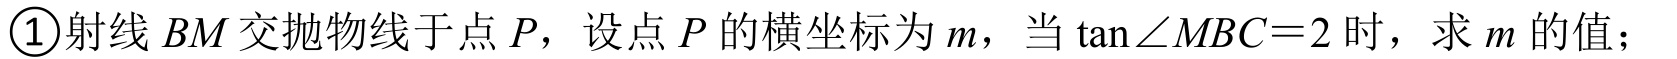
\textcircled{1}射线 \(BM\) 交抛物线于点 \(P\)，设点 \(P\) 的横坐标为 \(m\)，当 \(\tan\angle MBC = 2\) 时，求 \(m\) 的值；